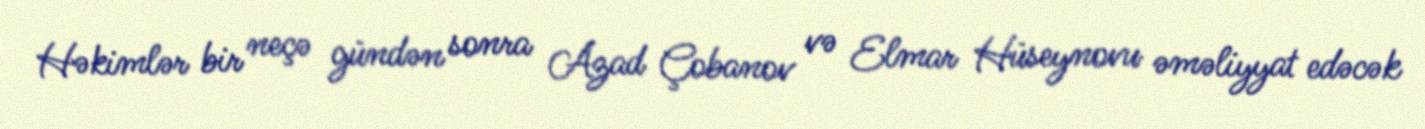
Həkimlər bir neçə gündən sonra Azad Çobanov və Elmar Hüseynovu əməliyyat edəcək